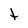
Character: t